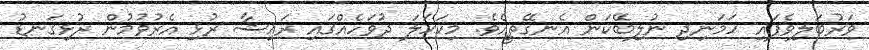
ވަރުބަލިވެފައި ހަމަނިދި ނުލިބޭކަން އެނގޭތީއެވެ. މިކަހަލަ ދުވަހެއްގައި ރައިޝާ ރުޅި އެރުވުމުން ރުޅިގަނޑު